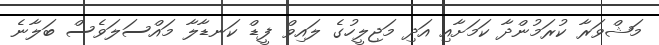
މަޝްވަރާ ކުރަމުންދާ ކަމަށާއި އަދި މަޖިލީހުގެ ލައިވް ފީޑް ކަނޑާލާ މައްސަލަވެސް ބަލާނެ